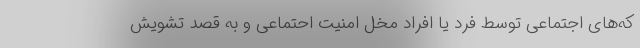
که‌های اجتماعی توسط فرد یا افراد مخل امنیت احتماعی و به قصد تشویش